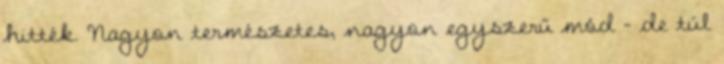
hitték. Nagyon természetes, nagyon egyszerű mód - de túl